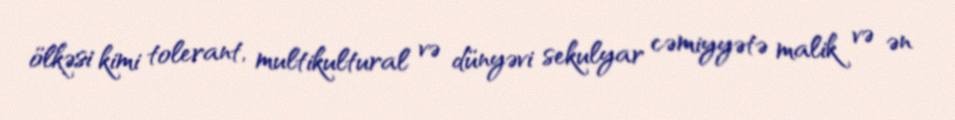
ölkəsi kimi tolerant, multikultural və dünyəvi sekulyar cəmiyyətə malik və ən